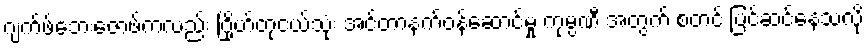
ဂျက်ဖ်ဘေးဇော့ဖ်ကလည်း ဂြိုဟ်တုငယ်သုံး အင်တာနက်ဝန်ဆောင်မှု ကုမ္ပဏီ အတွက် စတင် ပြင်ဆင်နေသလို